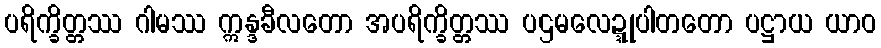
ပရိက္ခိတ္တဿ ဂါမဿ ဣန္ဒခီလတော အပရိက္ခိတ္တဿ ပဌမလေဍ္ဍုပါတတော ပဋ္ဌာယ ယာဝ